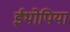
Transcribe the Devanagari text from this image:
ईथोपिया